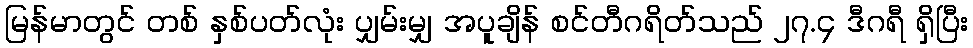
မြန်မာတွင် တစ် နှစ်ပတ်လုံး ပျှမ်းမျှ အပူချိန် စင်တီဂရိတ်သည် ၂၇.၄ ဒီဂရီ ရှိပြီး